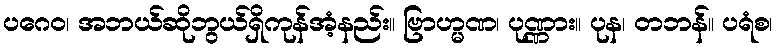
ပဂေဝ၊ အဘယ်ဆိုဘွယ်ရှိကုန်အံ့နည်း။ ဗြာဟ္မဏ၊ ပုဏ္ဏား။ ပုန၊ တဘန်။ ပရံစ၊